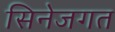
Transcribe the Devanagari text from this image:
सिनेजगत